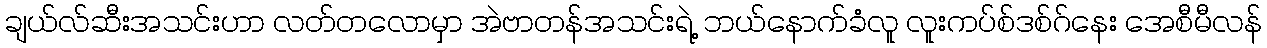
ချယ်လ်ဆီးအသင်းဟာ လတ်တလောမှာ အဲဗာတန်အသင်းရဲ့ ဘယ်နောက်ခံလူ လူးကပ်စ်ဒစ်ဂ်နေး အေစီမီလန်